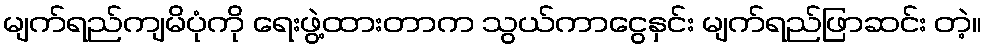
မျက်ရည်ကျမိပုံကို ရေးဖွဲ့ထားတာက သွယ်ကာငွေနှင်း မျက်ရည်ဖြာဆင်း တဲ့။